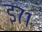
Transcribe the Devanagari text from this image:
इ७१